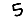
Digit: 5